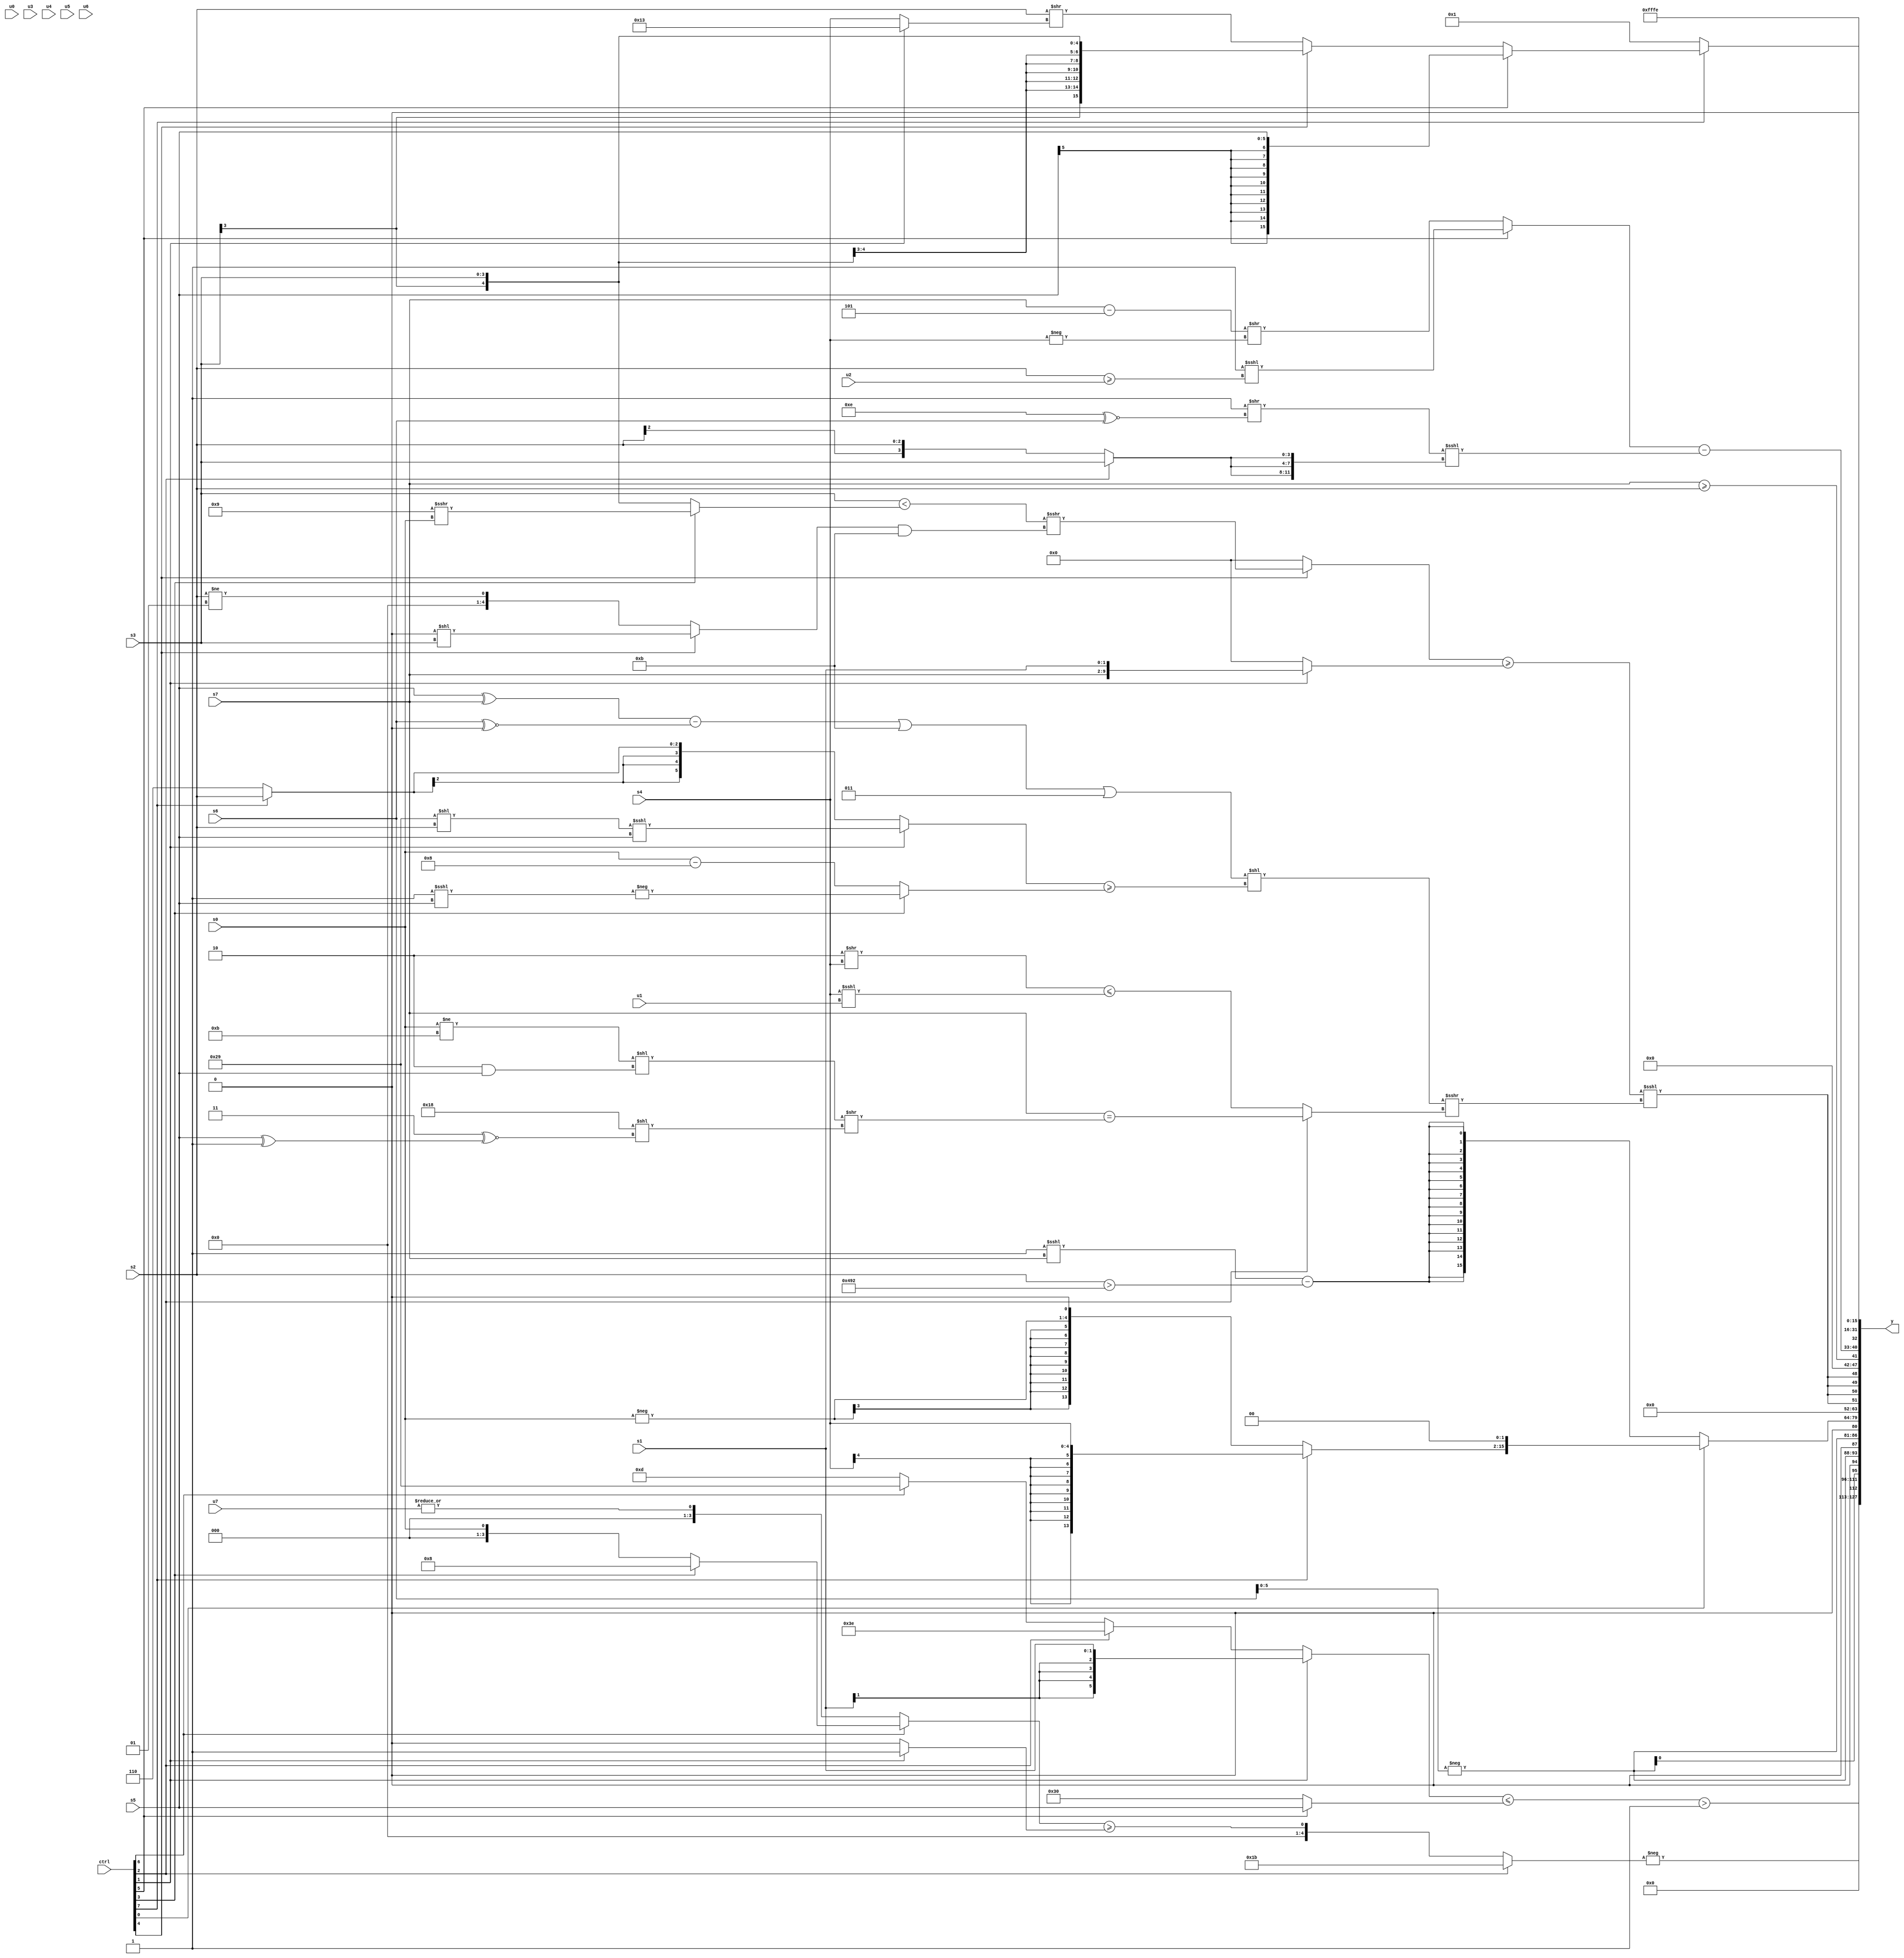
module wideexpr_00055(ctrl, u0, u1, u2, u3, u4, u5, u6, u7, s0, s1, s2, s3, s4, s5, s6, s7, y);
  input [7:0] ctrl;
  input [0:0] u0;
  input [1:0] u1;
  input [2:0] u2;
  input [3:0] u3;
  input [4:0] u4;
  input [5:0] u5;
  input [6:0] u6;
  input [7:0] u7;
  input signed [0:0] s0;
  input signed [1:0] s1;
  input signed [2:0] s2;
  input signed [3:0] s3;
  input signed [4:0] s4;
  input signed [5:0] s5;
  input signed [6:0] s6;
  input signed [7:0] s7;
  output [127:0] y;
  wire [15:0] y0;
  wire [15:0] y1;
  wire [15:0] y2;
  wire [15:0] y3;
  wire [15:0] y4;
  wire [15:0] y5;
  wire [15:0] y6;
  wire [15:0] y7;
  assign y = {y0,y1,y2,y3,y4,y5,y6,y7};
  assign y0 = (((ctrl[1]?s1:$signed((ctrl[2]?+(2'sb10):(ctrl[6]?6'sb101001:6'sb001101)))))<=((ctrl[5]?s5:5'sb10000)))>(|(6'sb101011));
  assign y1 = -((ctrl[2]?$signed(5'b11011):((ctrl[6]?(ctrl[3]?4'sb1000:s0):|(u7)))>=($unsigned((ctrl[1]?6'sb000001:1'sb0)))));
  assign y2 = {3{(-($signed({1{s6}})))<<(2'sb01)}};
  assign y3 = (ctrl[0]?((ctrl[7]?s4:$signed((ctrl[0]?(-(s0))<<<(2'sb01):-((ctrl[2]?s2:5'sb00110))))))<<(2'sb10):$signed((((5'sb11111)>({2{(1'sb0)>>>(1'sb1)}}))<<<(s7))-((s2)>(+({4{(3'sb010)<<<(1'sb0)}})))));
  assign y4 = {4{(((ctrl[4]?((s3)<(+((ctrl[3]?(5'sb11001)>>>(s0):s3))))>>>((+((ctrl[4]?(1'b0)<<(s3):(s2)!=(3'sb001))))&(5'sb01011)):(((1'sb1)<=({2{s7}}))<<({2{2'sb00}}))>>>(3'sb011)))>=((ctrl[1]?{s7,s1}:(ctrl[0]?(1'b0)>>($signed(3'b010)):$signed(-(((6'b110110)<<(6'sb001111))>>((6'sb011110)>>>(2'sb10))))))))<<<((({1{((((s5)^(s7))-((s6)^~(4'sb0000)))|(5'sb11011))|(3'sb011)}})<<(((ctrl[1]?$signed(((6'sb101001)<<(s2))<<<({1{s5}})):(((ctrl[7]?s2:3'sb110))<<((2'sb01)<<<(5'sb01001)))>>(2'sb00)))>=((ctrl[3]?-(((1'sb1)>>(2'sb00))<<<(s5)):(s0)-(-($signed(5'sb11000)))))))>>>((ctrl[2]?(s7)==((+(((s0)!=(5'sb01011))<<((2'sb10)&(s5))))>>(($signed(-(6'sb101000)))<<(((3'sb100)-(1'sb1))^~((s5)^(1'b1))))):((2'sb10)>>(s4))<=((s4)<<<(u1)))))}};
  assign y5 = {$signed(-(($signed(s7))>=($signed(s2)))),((ctrl[5]?((2'sb11)>>>(6'sb111101))<<<((s2)>=(u2)):((s7)-(3'sb101))>>(-(s4))))-((($signed(3'sb111))>>((6'sb001110)^~(s6)))<<<({3{(ctrl[2]?s3:s2)}})),1'b0};
  assign y6 = (ctrl[7]?(ctrl[5]?s5:(ctrl[4]?$signed(s3):(s2)>>((ctrl[1]?5'sb10011:s4)))):2'sb01);
  assign y7 = 2'sb10;
endmodule